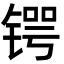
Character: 锷